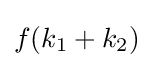
f(k_{1}+k_{2})